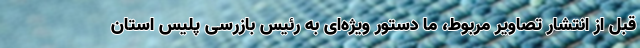
قبل از انتشار تصاویر مربوط، ما دستور ویژه‌ای به رئیس بازرسی پلیس استان